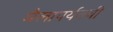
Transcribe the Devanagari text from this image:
मैलापर्यंतची